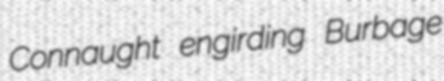
Connaught engirding Burbage